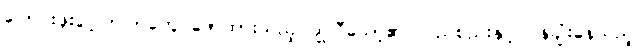
ပြောင်းဖူးပွင့်ပြာပြာတွေ ဖော်ထားသည့် ဂျိုလီယော့၏ လည်စည်းနှင့် ပိန်ချုံးနေသည့်